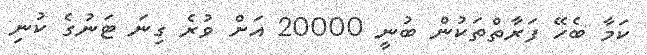
ކަމާ ބެހޭ ފަރާތްތަކުން ބުނީ 20000 އަށް ވުރެ ގިނަ ޓަނުގެ ކުނި